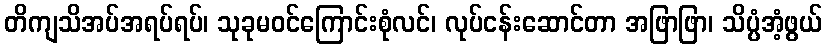
တိကျသိအပ်အရပ်ရပ်၊ သုခုမဝင်ကြောင်းစုံလင်၊ လုပ်ငန်းဆောင်တာ အဖြာဖြာ၊ သိပ္ပံအံ့ဖွယ်